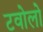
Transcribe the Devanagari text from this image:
टवोलो